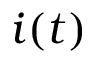
i ( t )